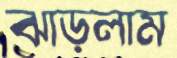
ঝাড়লাম